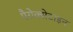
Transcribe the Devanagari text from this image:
पैरोक्सेटाइन